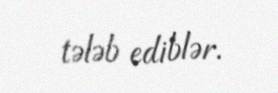
tələb ediblər.